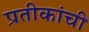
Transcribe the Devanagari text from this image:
प्रतीकांची